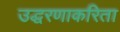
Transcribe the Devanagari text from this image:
उद्धरणाकरिता